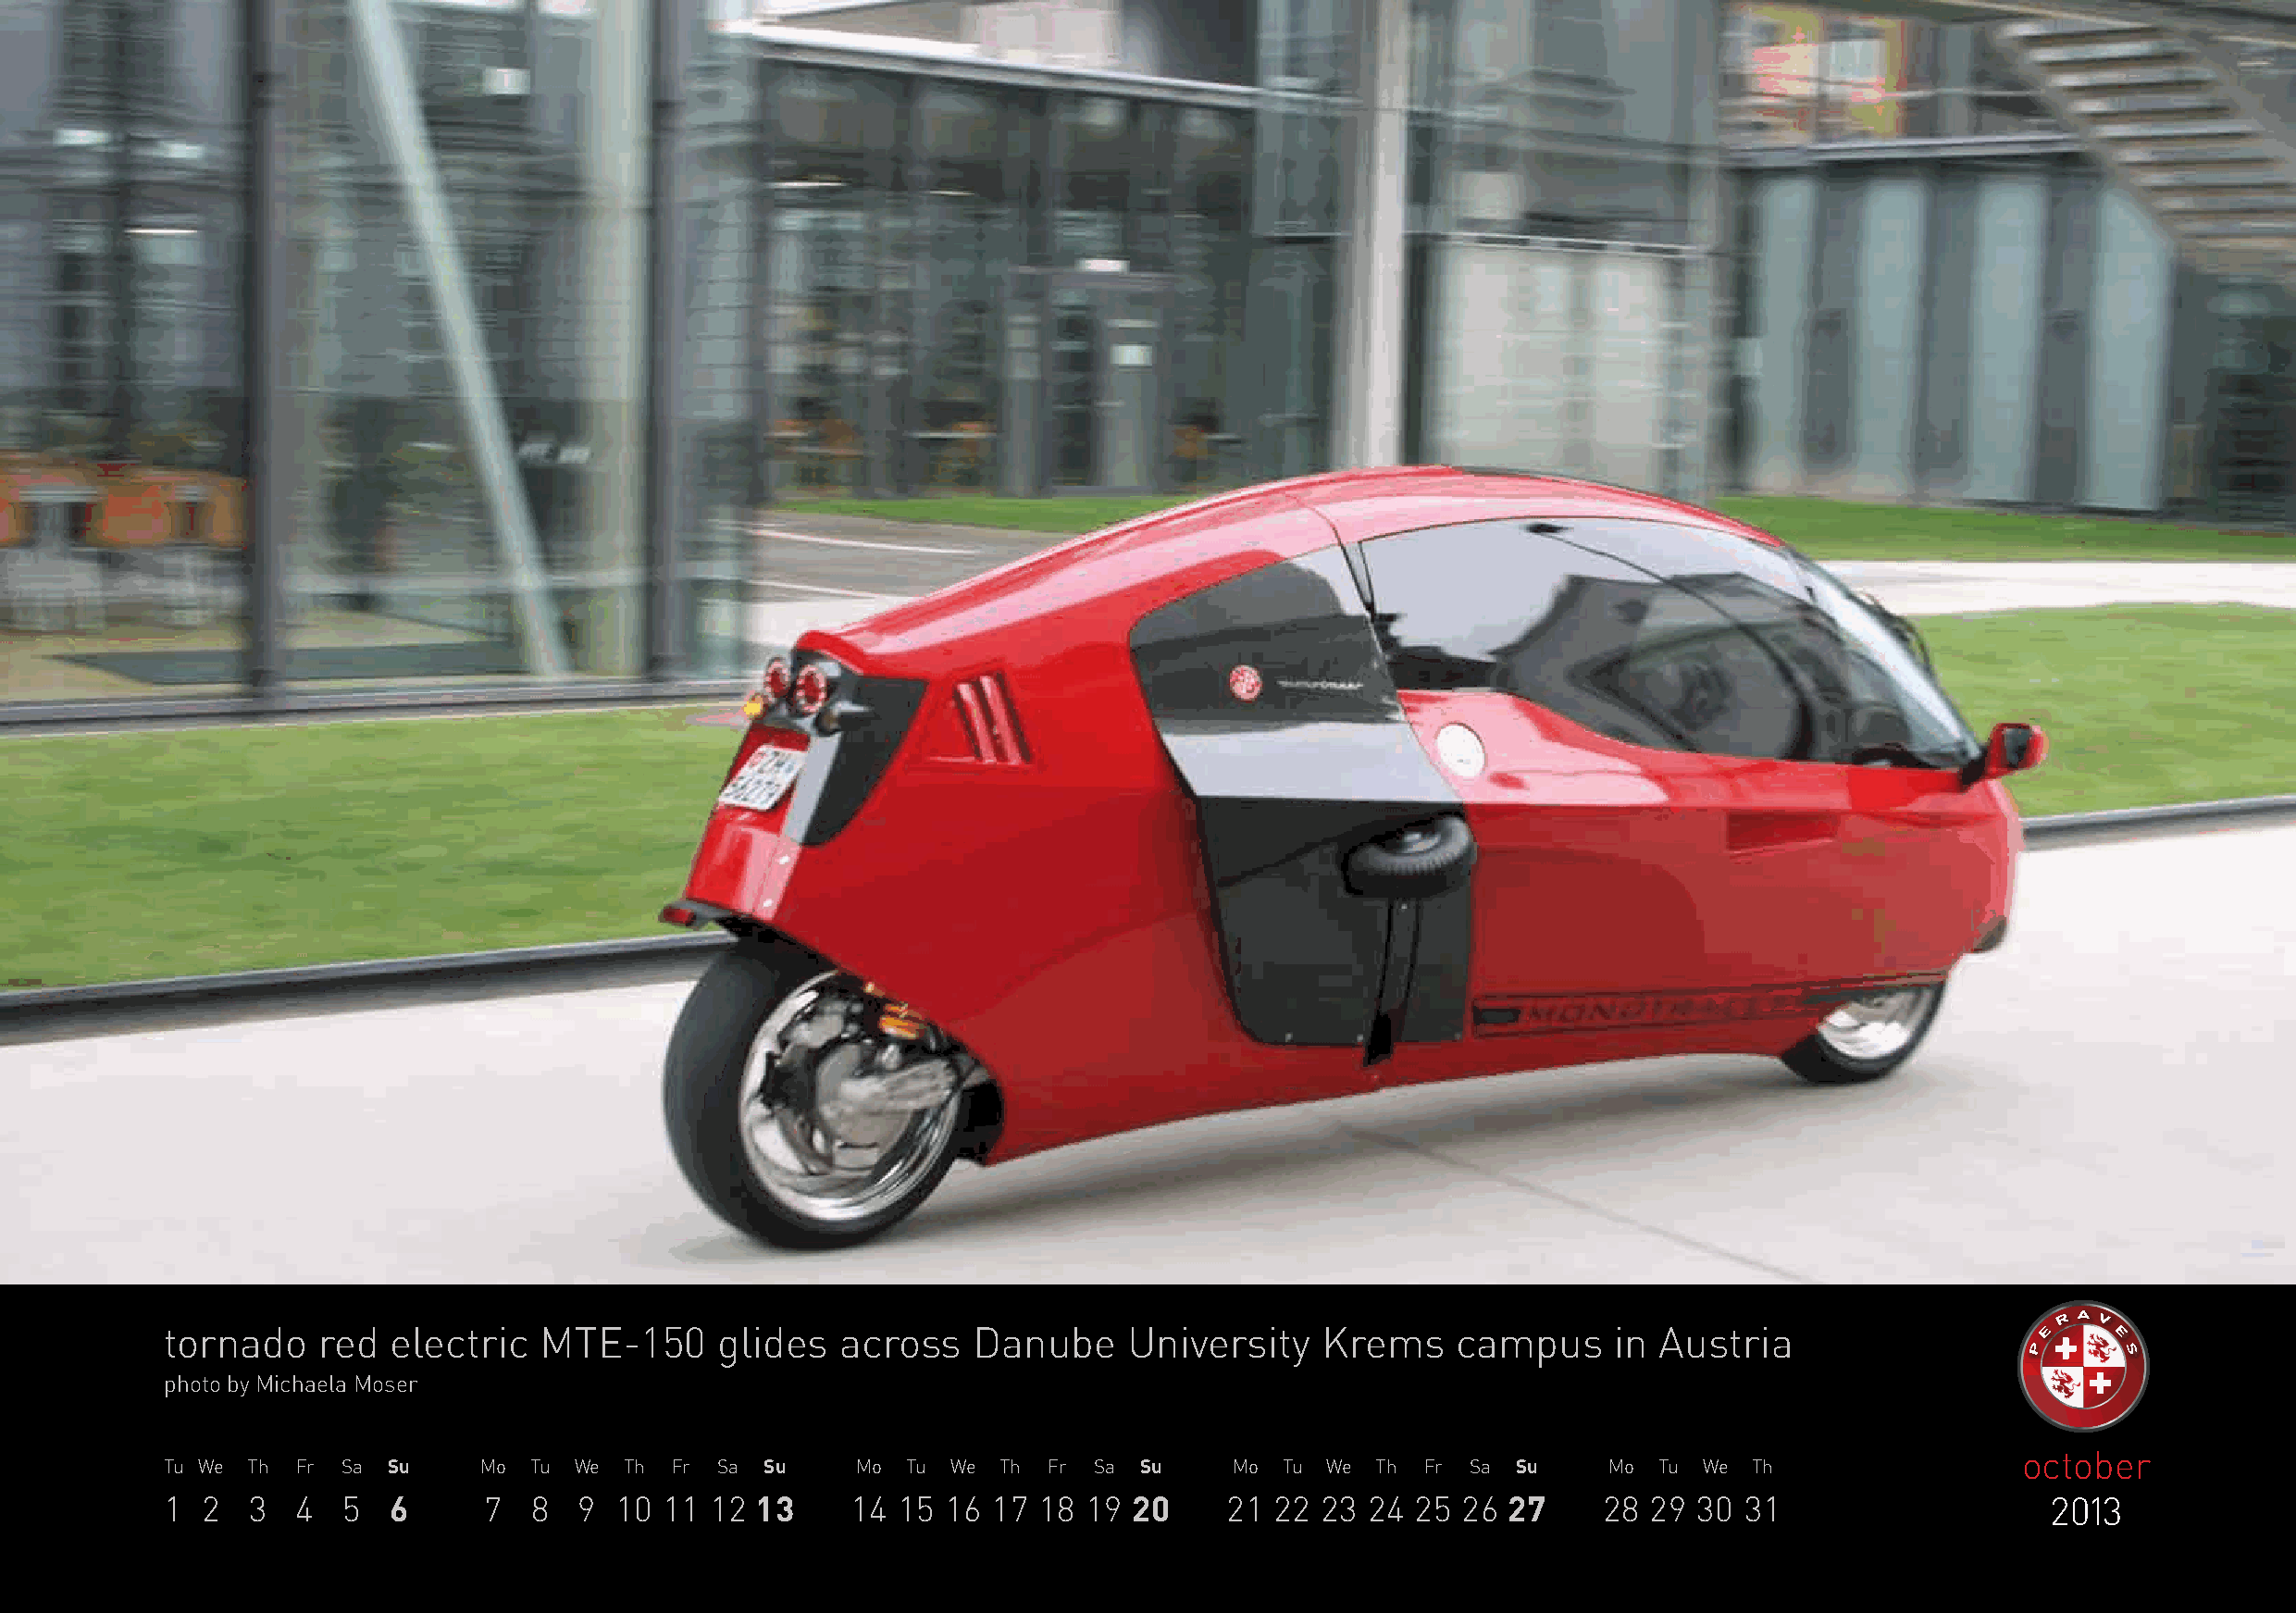
tornado    red  electric   MTE-150     glides   across    Danube     University    Krems    campus     in  Austria
 photo by Michaela Moser
 october
 Tu We Th Fr Sa  Su    Mo  Tu We  Th Fr Sa  Su    Mo  Tu We Th  Fr Sa  Su    Mo  Tu We Th  Fr Sa Su     Mo  Tu We Th
 1 2   3  4   5  6      7  8  9  10 11  12 13     14 15  16 17 18  19 20     21 22 23  24 25  26 27     28 29 30  31                    2013